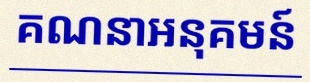
គណនាអនុគមន៍